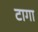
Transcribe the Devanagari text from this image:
टागा